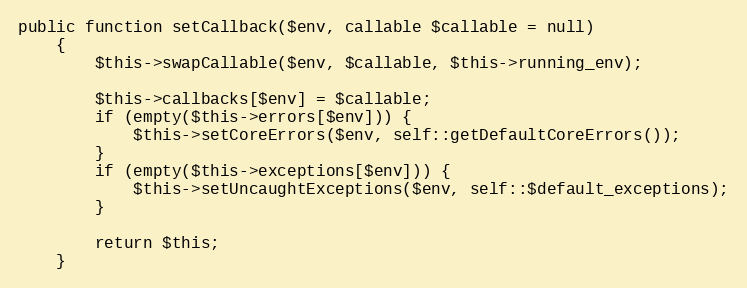
Language: PHP
public function setCallback($env, callable $callable = null)
    {
        $this->swapCallable($env, $callable, $this->running_env);

        $this->callbacks[$env] = $callable;
        if (empty($this->errors[$env])) {
            $this->setCoreErrors($env, self::getDefaultCoreErrors());
        }
        if (empty($this->exceptions[$env])) {
            $this->setUncaughtExceptions($env, self::$default_exceptions);
        }

        return $this;
    }